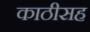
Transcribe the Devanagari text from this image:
काठीसह